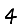
Digit: 4